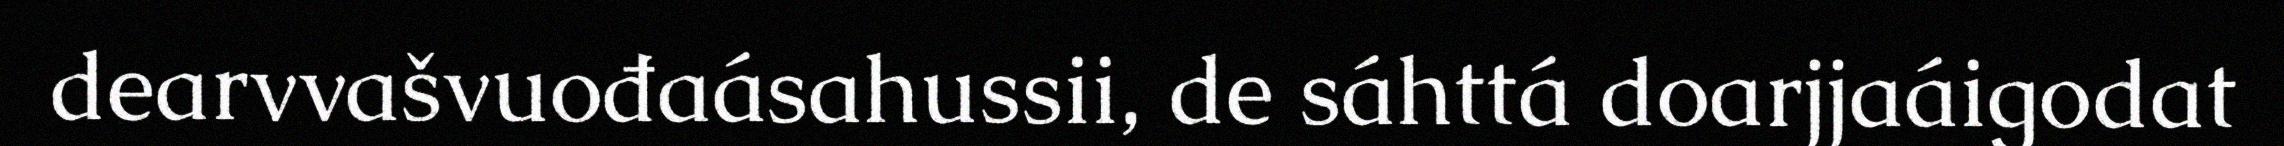
dearvvašvuođaásahussii, de sáhttá doarjjaáigodat